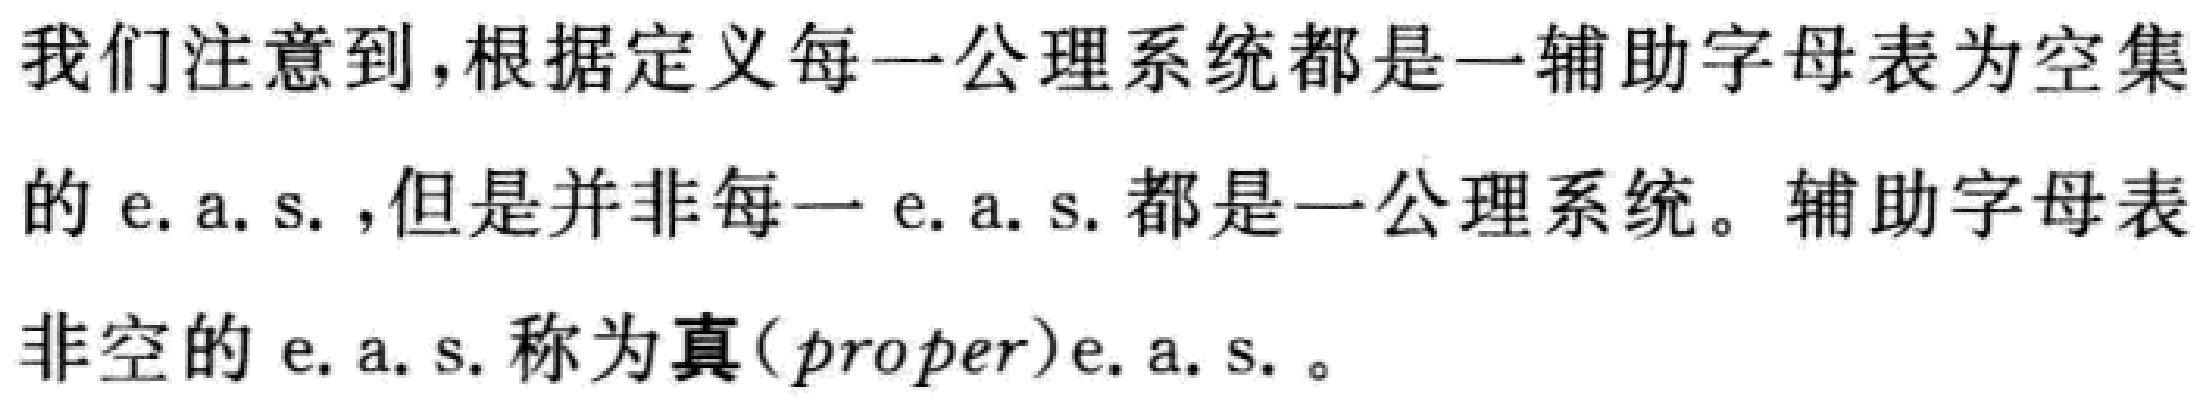
我们注意到，根据定义每一公理系统都是一辅助字母表为空集的 e. a. s. ，但是并非每一 e. a. s. 都是一公理系统。辅助字母表非空的 e. a. s. 称为真(proper)e. a. s. 。